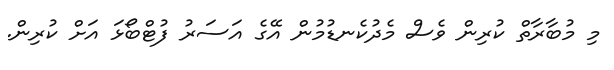
މި މުބާރާތް ކުރިން ވެސް މެދުކެނޑުމުން އޭގެ އަސަރު ފުޓްބޯޅަ އަށް ކުރިން.